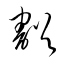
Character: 豁